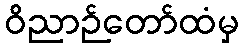
ဝိညာဉ်တော်ထံမှ